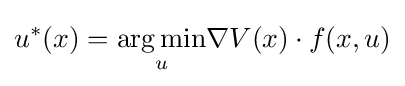
u^{*}(x)={\underset {u}{\operatorname {arg\,min} }}\nabla V(x)\cdot f(x,u)